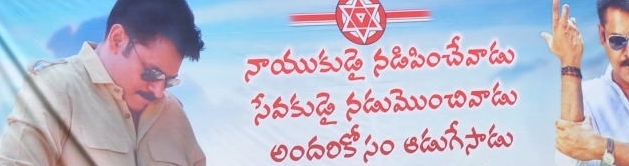
Language: telugu
Transcription: నడిపించేవాడు సేవకుడై నడుమొంచివాడు అందరికోసం నాయుకుడై